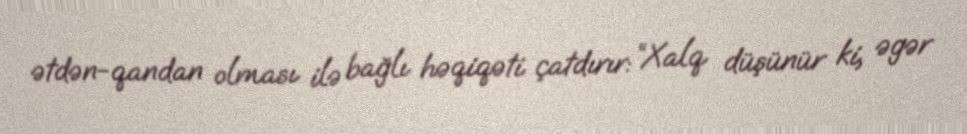
ətdən-qandan olması ilə bağlı həqiqəti çatdırır: “Xalq düşünür ki, əgər